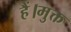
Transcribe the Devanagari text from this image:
हैं।मुक्त